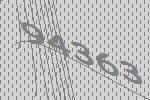
94363